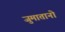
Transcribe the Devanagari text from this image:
जुमातानो